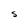
Character: S